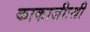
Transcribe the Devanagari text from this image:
काकाजीःश्री